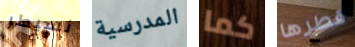
نسيطر المدرسية كما قطرها